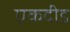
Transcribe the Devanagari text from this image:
एकदीड